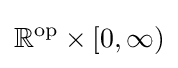
\mathbb {R} ^{\operatorname {op} }\times [0,\infty )